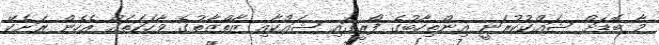
މާ ބޮޑަށް ޝައްކުކުރަނީ އިންތިހާބުގެ ފޯރީގައި ޝައްކާއި ޒާތްޒާތުގެ ވާހަކަތައް އެހެން ރަށެކޭ